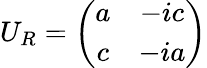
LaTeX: U_{R}=\left(\begin{array}{cc}{{a}}&{{-ic}}\\ {{c}}&{{-ia}}\end{array}\right)